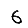
Digit: 6